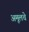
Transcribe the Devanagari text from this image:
अमूलचे